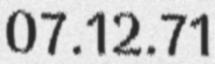
07.12.71